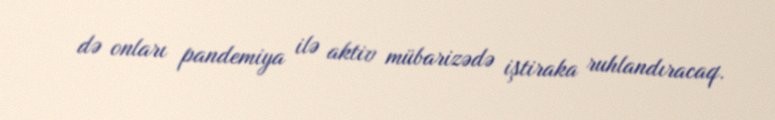
də onları pandemiya ilə aktiv mübarizədə iştiraka ruhlandıracaq.